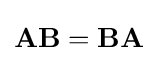
\mathbf {A} \mathbf {B} =\mathbf {B} \mathbf {A}